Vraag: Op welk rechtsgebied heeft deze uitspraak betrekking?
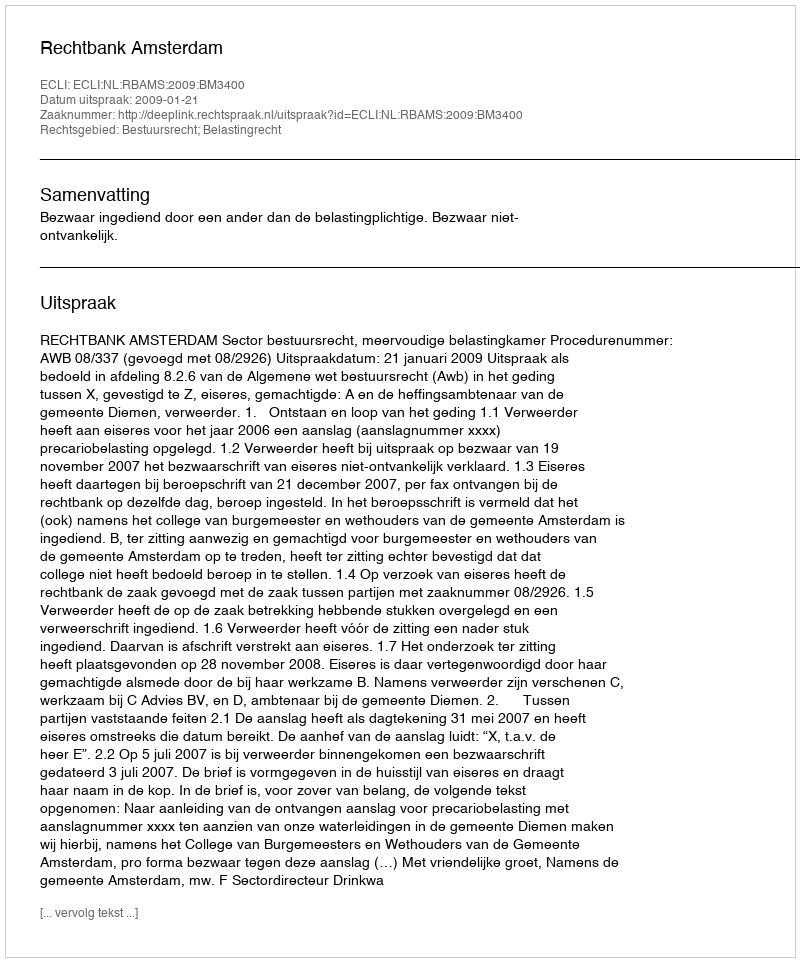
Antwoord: Bestuursrecht; Belastingrecht